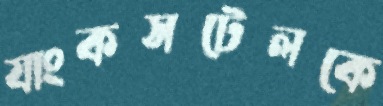
যাংকসটেলকে